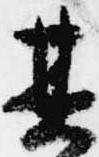
其